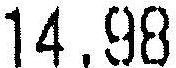
14.98